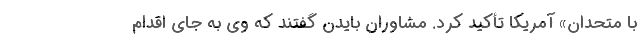
با متحدان» آمریکا تأکید کرد. مشاوران بایدن گفتند که وی به جای اقدام